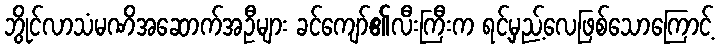
ဘွိုင်လာသံမဏိအဆောက်အဦများ ခင်ကျော်၏လီးကြီးက ရင့်မှည့်လေဖြစ်သောကြောင့်